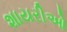
શાયરીઓ